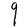
Character: q